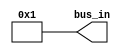
module CONSTANT #(parameter W = 8, V = 1) (bus_in);

	output wire [(W-1):0] bus_in;
	
	assign bus_in = V;

endmodule